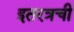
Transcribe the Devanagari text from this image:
इतरत्रची